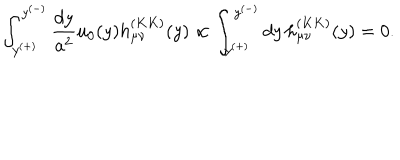
\int _ { y ^ { ( + ) } } ^ { y ^ { ( - ) } } { \frac { d y } { a ^ { 2 } } } u _ { 0 } ( y ) h _ { \mu \nu } ^ { ( K K ) } ( y ) \propto \int _ { y ^ { ( + ) } } ^ { y ^ { ( - ) } } d y \, h _ { \mu \nu } ^ { ( K K ) } ( y ) = 0 .